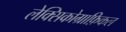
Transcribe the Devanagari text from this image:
लेक्सिकोग्राफ़िकल